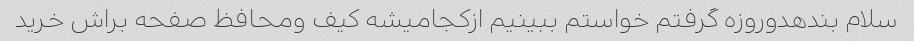
سلام بندهدوروزه گرفتم خواستم ببینیم ازکجامیشه کیف ومحافظ صفحه براش خرید